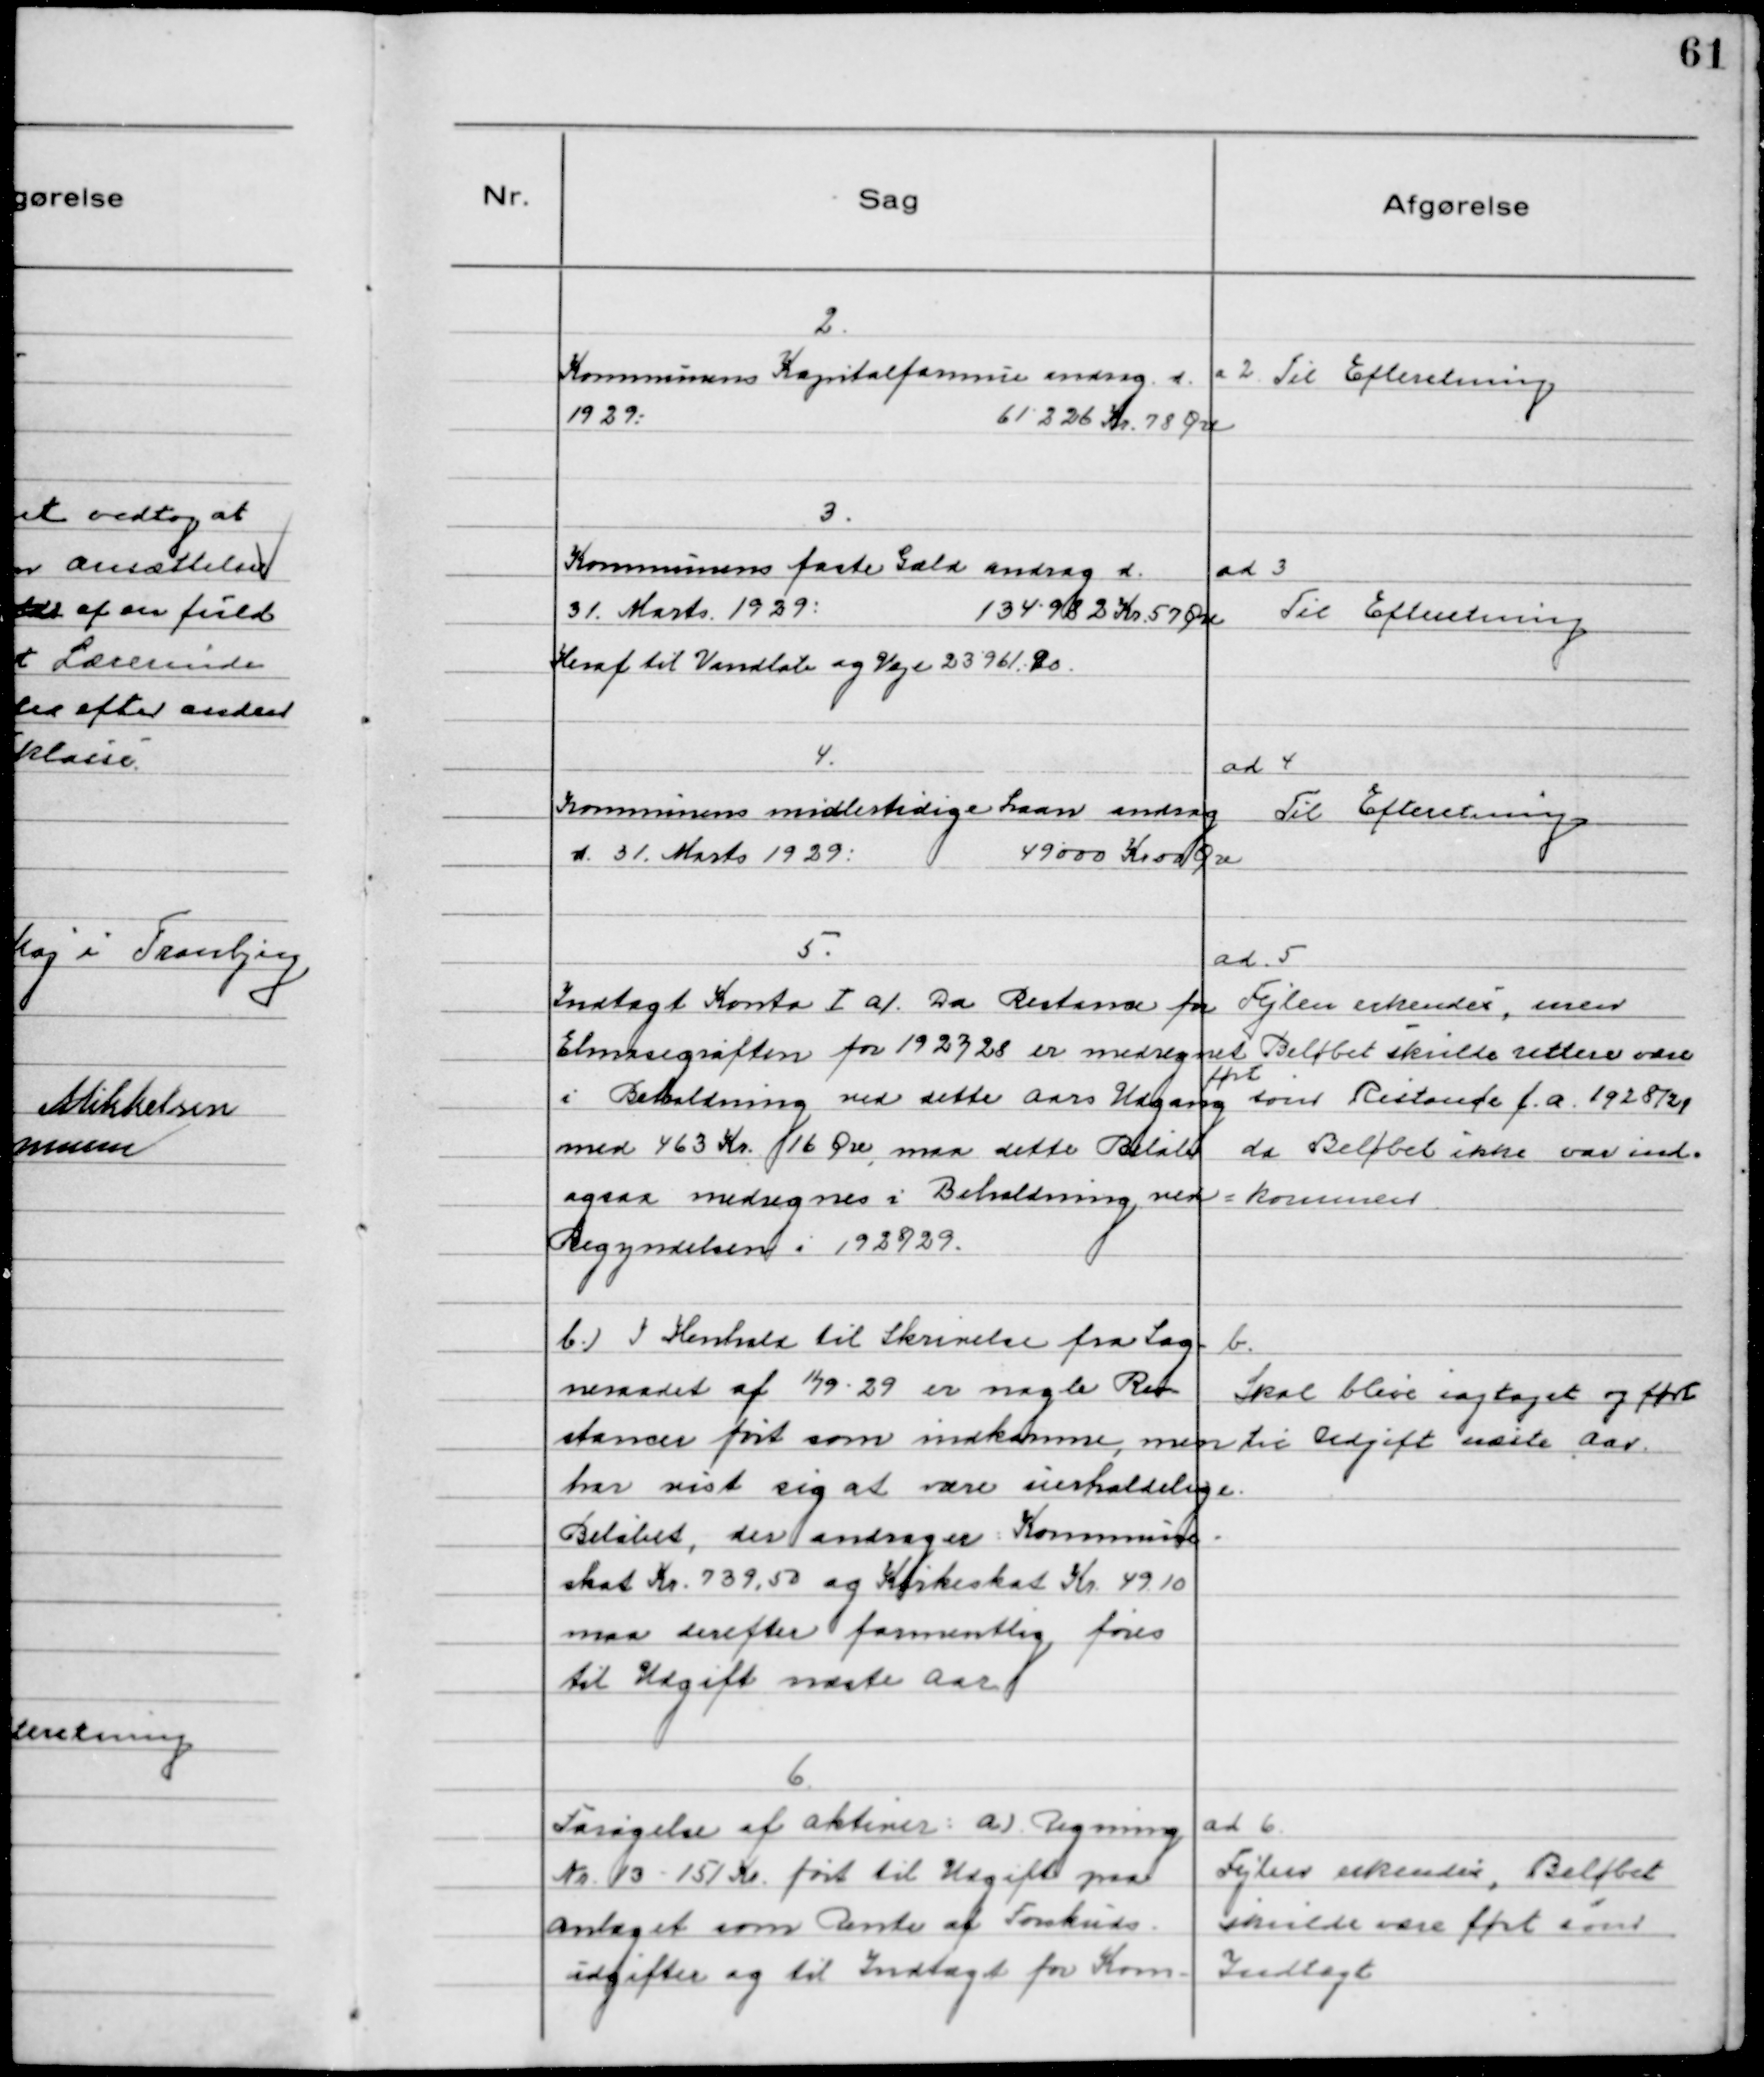
Transskription:
2.
Kommunenens Kapitalformue androg d.
1929: 61226 Kr. 78 Øre

a 2. Til Efteretning

3.
Kommunens faste Gæld androg d.
31. Marts 1929: 134982 Kr. 57 Øre
Heraf til Vandløb og Veje 23961 Kr.

ad 3
Til Efteretning

4.
Kommunens midlertidige Laan androg
d. 31. Marts 1929: 49000 Kr.00 Øre

ad 4
Til Efteretning

5.
Indtægt Konto Ⅰ a/. Da Restance for
Elmosegrøften for 1927/28 er medregnet
i Beholdning ved dette Aars Udgang
med 463 Kr. 16 Øre maa dette Beløb
ogsaa medregnes i Beholdning ved
Begyndelsen i 1928/29.

ad. 5
Fejlen erkendes, men
Beløbet skulde rettere være
ført
som Restance f.a. 1928/29
da Beløbet ikke var ind-
kommen

b. I Henhold til Skrivelse fra Sog-
neraadet af 11/9 - 29 er nogle Re-
stancer ført som indkomne, men
har vist sig at være uerholdelige.
Beløbet, der andrager Kommune-
skat Kr. 739,50 og Kirkeskat Kr. 4910
maa derefter formentlig føres
til Udgift næste Aar

b.
Skal blive iagtaget og ført
til Udgift næste Aar.

6
Forøgelse af Aktiver: a. Regning
Nr.13. - 15/ Kr. ført til Udgift maa
antaget som Rente af Forskuds-
udgifter og til Indtægt for Kom-

ad 6.
Fejlen erkendes, Beløbet
skulde være ført som
Indtægt